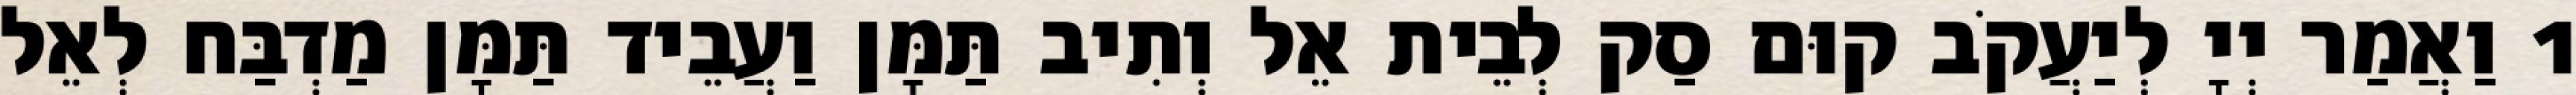
1 וַאֲמַר יְיָ לְיַעֲקֹב קוּם סַק לְבֵית אֵל וְתִיב תַּמָּן וַעֲבֵיד תַּמָּן מַדְבַּח לְאֵל